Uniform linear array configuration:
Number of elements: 8
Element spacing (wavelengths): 1
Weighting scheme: hann
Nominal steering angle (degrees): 60
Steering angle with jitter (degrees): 60.133
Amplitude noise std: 0.05
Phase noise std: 0.05

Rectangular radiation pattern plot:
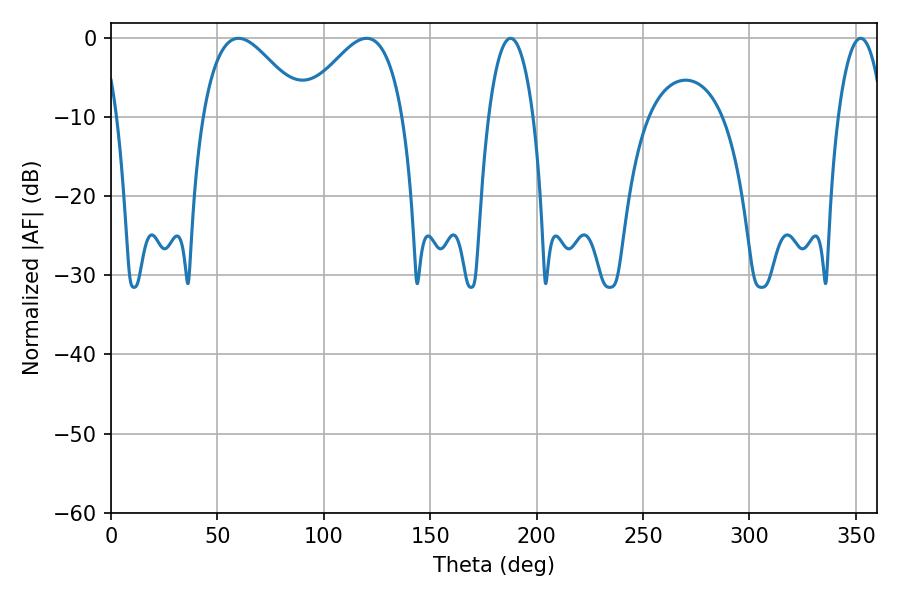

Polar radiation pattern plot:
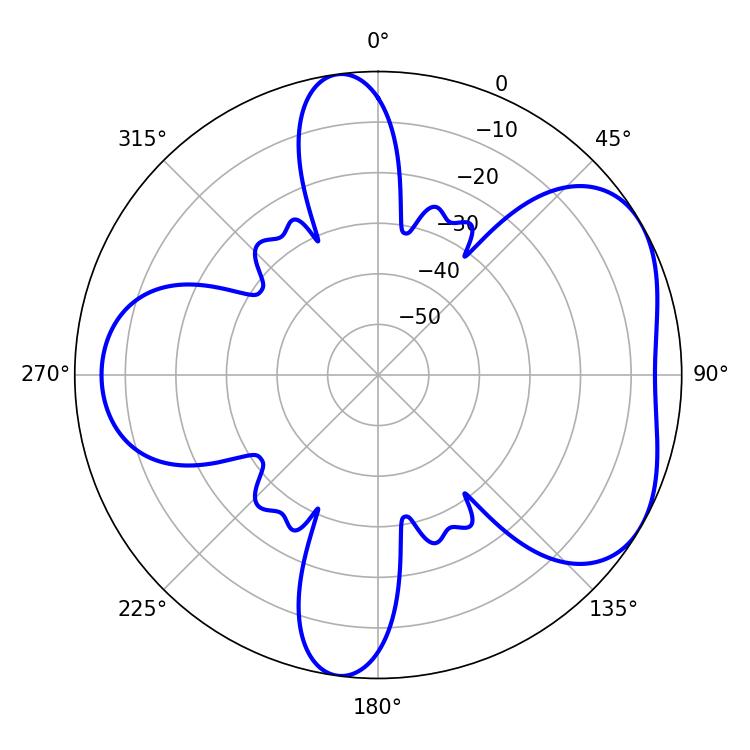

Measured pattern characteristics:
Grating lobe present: TRUE
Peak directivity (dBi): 4.841
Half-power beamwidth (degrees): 11.7
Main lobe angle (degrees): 187.74